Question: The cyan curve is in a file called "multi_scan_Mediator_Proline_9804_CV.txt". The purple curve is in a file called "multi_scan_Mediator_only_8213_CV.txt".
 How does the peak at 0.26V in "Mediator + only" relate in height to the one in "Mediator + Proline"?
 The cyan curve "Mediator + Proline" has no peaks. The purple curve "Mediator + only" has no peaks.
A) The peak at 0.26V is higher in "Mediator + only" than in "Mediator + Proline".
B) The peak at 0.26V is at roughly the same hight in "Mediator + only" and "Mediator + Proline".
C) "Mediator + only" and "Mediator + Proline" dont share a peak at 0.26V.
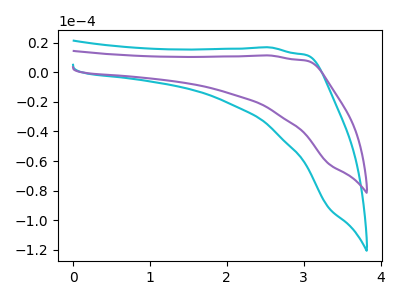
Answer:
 <answer>C) "Mediator + only" and "Mediator + Proline" dont share a peak at 0.26V.</answer>
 <eval>C</eval>